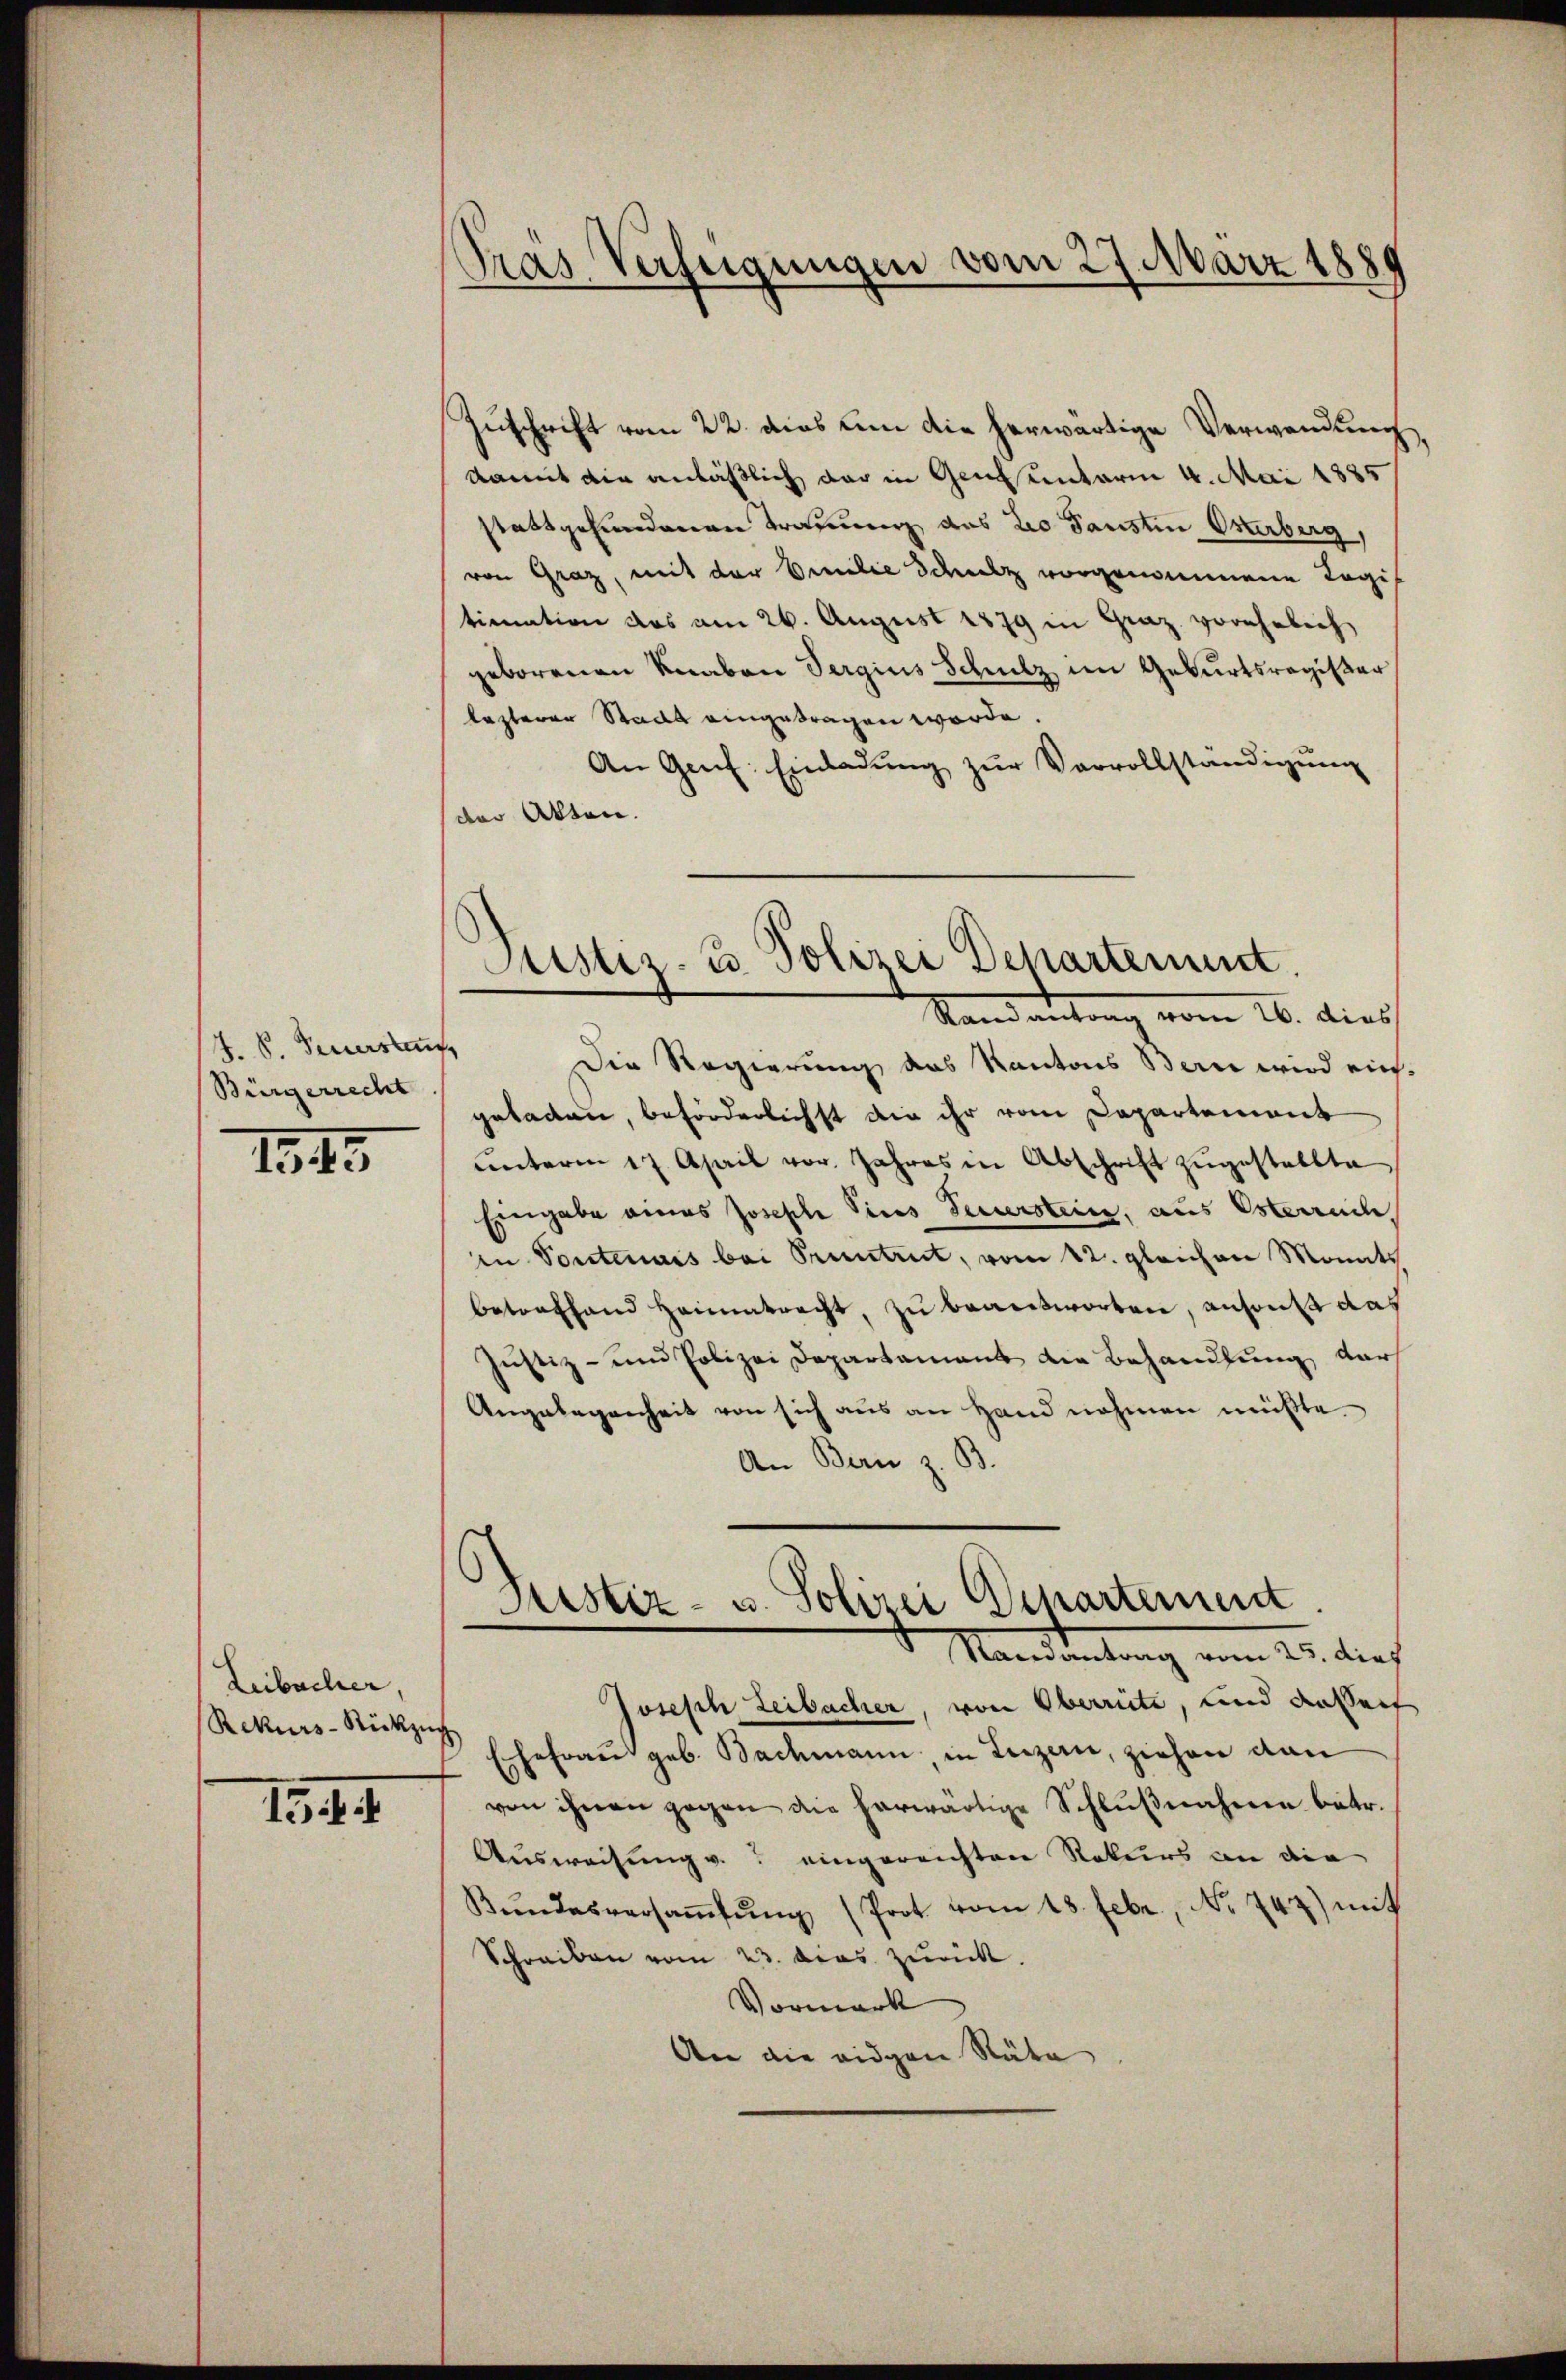
F. S. Seversten,
Bürgerrecht

1845

Leibacher,
Rekurs-Rückzug

154.

Pras Verfeigungen vom 27. März 1889

Zuschrift vom 22. dies um die herwärtige Verwendung
damit die anläßlich der in Genunterin 4. Mai 1885
stattgefundenen Trauung das Leo Pansten Osterberg,
von Graz, mit der Emilie Schutz vorgenommene Logis
timation das am 26. August 1879 in Graz vorehelich
geborenen Knaben Sergius Schulz im Geburtsregister
lezterer Stadt eingetragen werde.
An Genf. Einladŭng zŭr Vervollständigung
der Akten.
Die Regierung des Kantons Bern wird eingeladen, beförderlichst die ihr vom Departement
ŭnterm 17. April vor. Jahres in Abschrift zŭgestellte
Eingabe eines Joseph Vices Feuerstein, aus Osterreiche,
in Soutenais bei Pruntrut, vom 12. gleichen Monats
betreffend Heimatracht, zu beantworten, ansonst das
Justiz- und Polizei Departament die Behandlung darf
Angelegenheit von sich aus an Hand nehmen müßte.
An Bern z. B.
Justiz- u. Polizei Departement
Randantrag vom 25. dies
Joseph Leibacher, von Oberrite, und dassert
Ehefrau geb. Bachmann in Luzern, ziehen dan
von ihnen gegen die herwärtige Schlußnahme betr.
Ausweisung v. eingereichten Rekurs an die
Bŭndesversaṁlŭng (Prot vom 13. Febr., No 742) mit
Schreiben vom 23. das zurück.
Vormark
An die eidgen Räte

Justiz- u. Polizei Departement.
Stand d. 26. dies